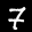
Label: 7